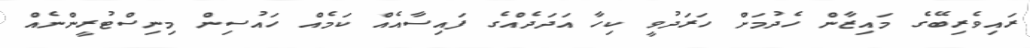
ރައިވެރިބޭގެ މައިޒާން ހެދުމަށް ހަރަދުވީ ކިހާ އަދަދެއްގެ ފައިސާއެއް ކަމެއް ހައުސިން މިނިސްޓުރީންނެއް